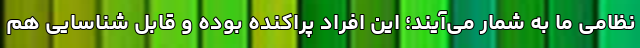
نظامی ما به شمار می‌آیند؛ این افراد پراکنده بوده و قابل شناسایی هم